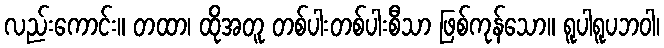
လည်းကောင်း။ တထာ၊ ထိုအတူ တစ်ပါးတစ်ပါးစီသာ ဖြစ်ကုန်သော။ ရူပါရူပဘဝါ၊